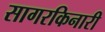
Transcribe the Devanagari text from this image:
सागरकिनारी